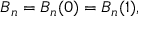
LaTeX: B _ { n } = B _ { n } ( 0 ) = B _ { n } ( 1 ) ,